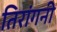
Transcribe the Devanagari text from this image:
तिरांगनी